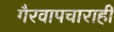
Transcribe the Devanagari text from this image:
गैरवापचाराही